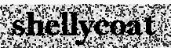
shellycoat